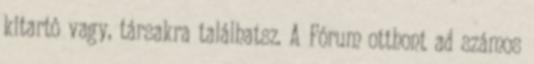
kitartó vagy, társakra találhatsz. A Fórum otthont ad számos